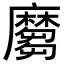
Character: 𪎪